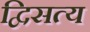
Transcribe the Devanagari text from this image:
द्विसत्य